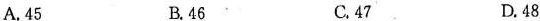
A.45 B.46 C.47 D.48